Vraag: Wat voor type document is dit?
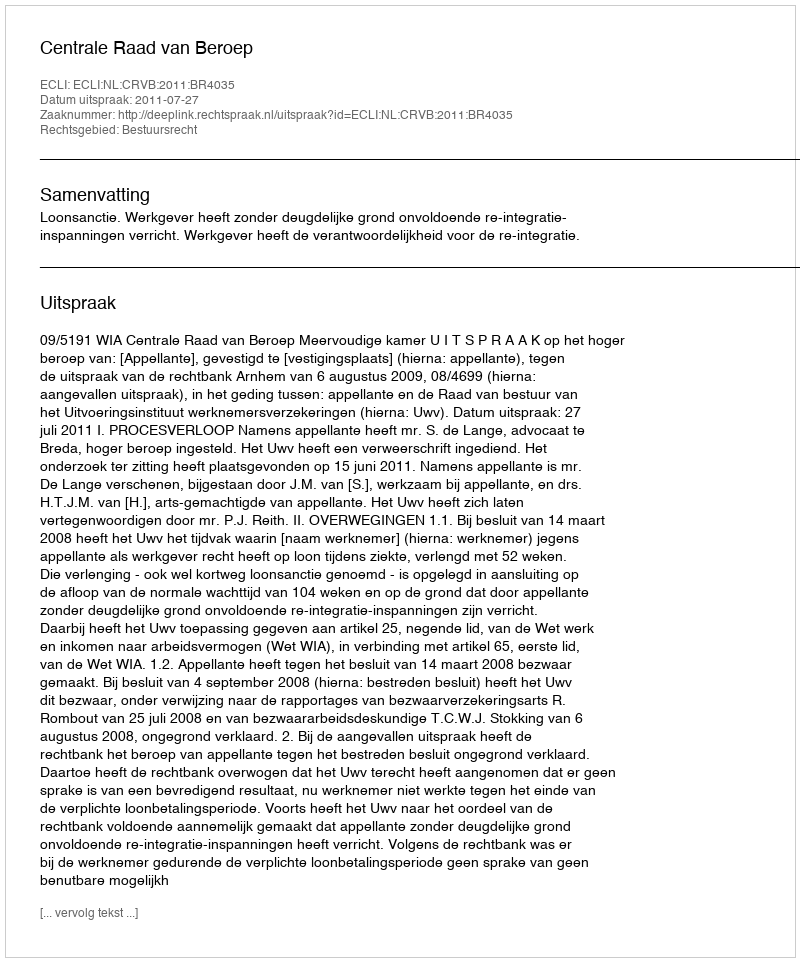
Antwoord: Uitspraak